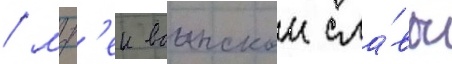
/ муз'еи воинскои сла́вы